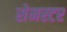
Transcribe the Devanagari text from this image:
सेमस्टर